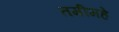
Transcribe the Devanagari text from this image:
तमीमहे